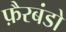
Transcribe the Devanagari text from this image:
फ़ैरबंडो